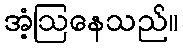
အံ့ဩနေသည်။